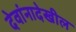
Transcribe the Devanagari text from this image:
देवांनादेखील